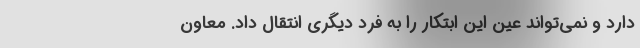
دارد و نمی‌تواند عین این ابتکار را به فرد دیگری انتقال داد. معاون